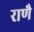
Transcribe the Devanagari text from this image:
राणै